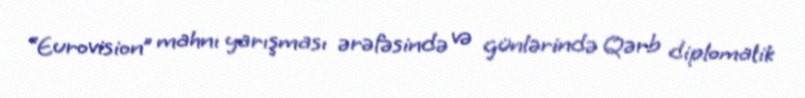
“Eurovision” mahnı yarışması ərəfəsində və günlərində Qərb diplomatik